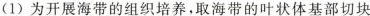
(1)为开展海带的组织培养，取海带的叶状体基部切块